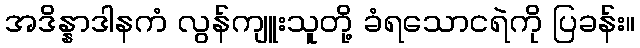
အဒိန္နာဒါနကံ လွန်ကျူးသူတို့ ခံရသောငရဲကို ပြခန်း။